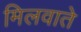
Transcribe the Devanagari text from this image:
मिलवाते